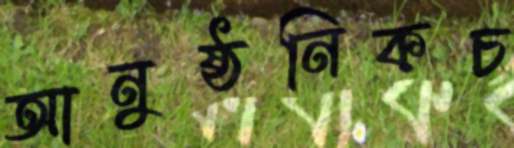
আনুষ্ঠনিকচ